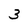
Character: 3